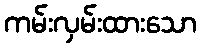
ကမ်းလှမ်းထားသော